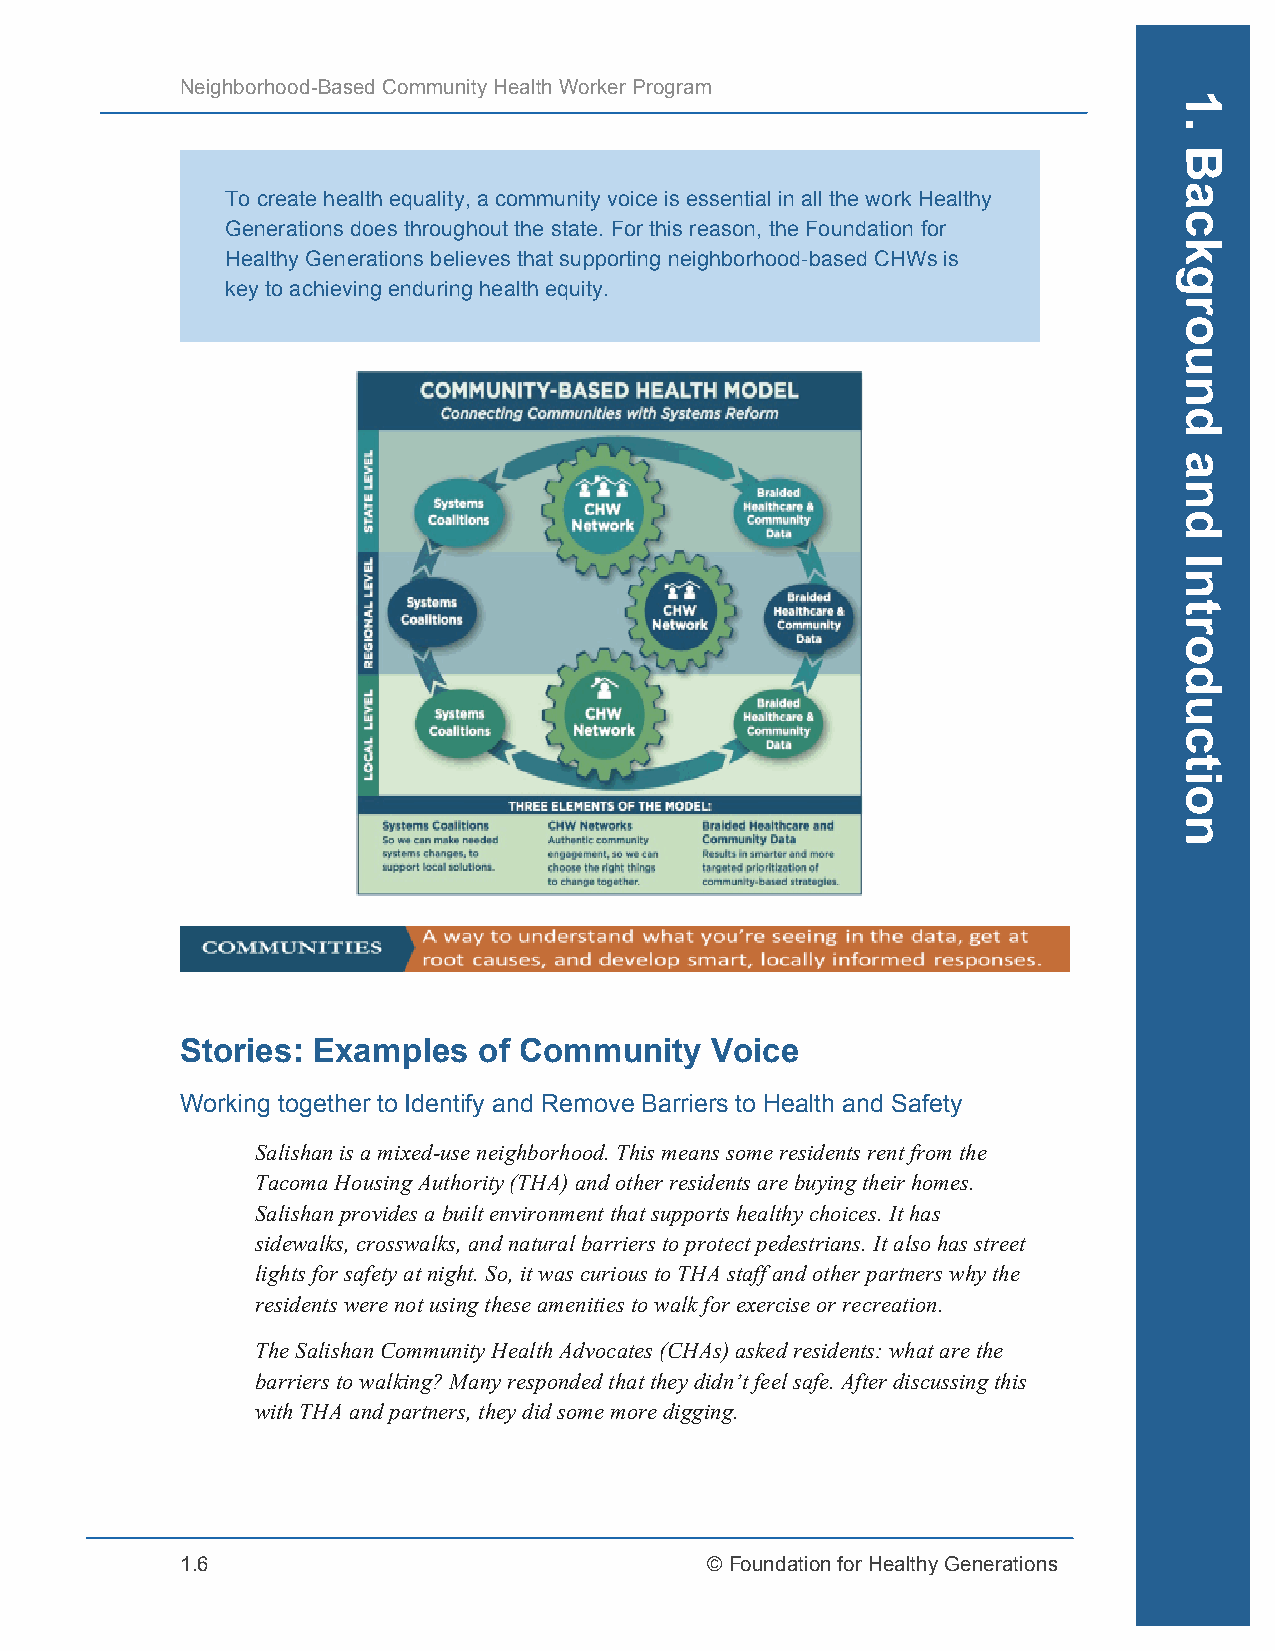
Neighborhood-Based Community Health Worker Program
 To create health equality, a community voice is essential in all the work Healthy
 Generations does throughout the state. For this reason, the Foundation for
 Healthy Generations believes that supporting neighborhood-based CHWs is
 key to achieving enduring health equity.
 Stories: Examples   of Community   Voice
 Working together to Identify and Remove Barriers to Health and Safety
 Salishan is a mixed-use neighborhood. This means some residents rent from the
 Tacoma Housing Authority (THA) and other residents are buying their homes.
 Salishan provides a built environment that supports healthy choices. It has
 sidewalks, crosswalks, and natural barriers to protect pedestrians. It also has street
 lights for safety at night. So, it was curious to THA staff and other partners why the
 residents were not using these amenities to walk for exercise or recreation.
 The Salishan Community Health Advocates (CHAs) asked residents: what are the
 barriers to walking? Many responded that they didn’t feel safe. After discussing this
 with THA and partners, they did some more digging.
 1.6                                © Foundation for Healthy Generations
 1.
 Background
 and
 Introduction